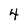
Character: 4